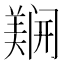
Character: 𲉇